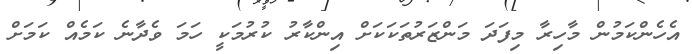
އެހެންކަމުން މާހިރާ މިފަދަ މަންޒަރުތަކަކަށް އިންކާރު ކުރުމަކީ ހަމަ ވެދާނެ ކަމެއް ކަމަށް